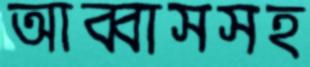
আব্বাসসহ